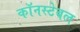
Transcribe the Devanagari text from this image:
कॉनस्टेबल